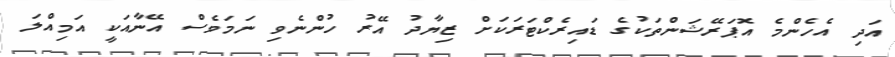
އަދި އެހެންމެ އޮޕަރޭޝަންތަކުގެ ޑައިރެކްޓަރަކަށް ޒިޔާދު އޭރު ހުންނެވި ނަމަވެސް އޭނާއަކީ އަމިއްލަ